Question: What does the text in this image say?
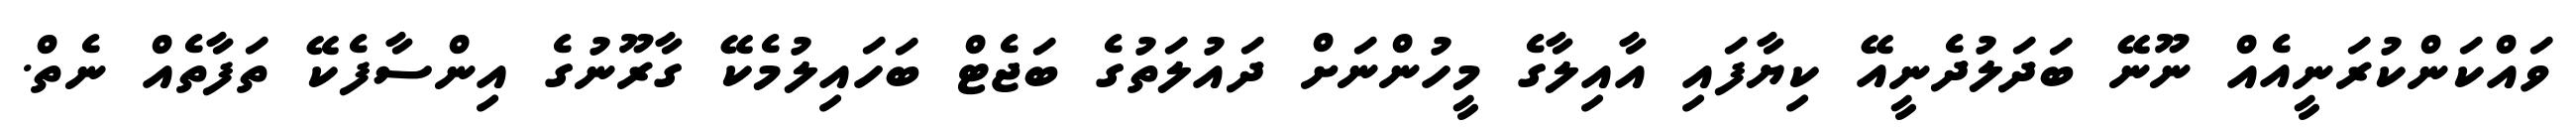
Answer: ވައްކަންކުރަނީއެއް ނޫނޭ ބަދަލުދެނީއޭ ކިޔާފައި އާއިލާގެ މީހުންނަށް ދައުލަތުގެ ބަޖެޓް ބަހައިލުމެކޭ ގާރޫނުގެ އިންސާފެކޭ ތަފާތެއް ނެތް.